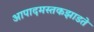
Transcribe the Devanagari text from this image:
आपादमस्तकझाडते